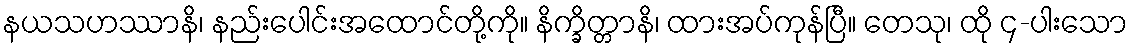
နယသဟဿာနိ၊ နည်းပေါင်းအထောင်တို့ကို။ နိက္ခိတ္တာနိ၊ ထားအပ်ကုန်ပြီ။ တေသု၊ ထို ၄-ပါးသော